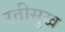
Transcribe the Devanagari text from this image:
रतीसुख